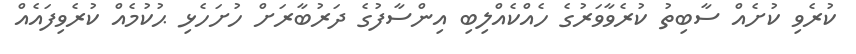
ކުރެވި ކުށެއް ސާބިތު ކުރެވާވަރުގެ ހެއްކެއްލިބި އިންސާފުގެ ދަރުބާރަށް ހުށަހެޅި ޙުކުމެއް ކުރެވިފައެއް